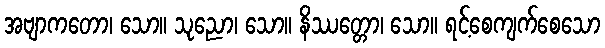
အဗျာကတော၊ သော။ သုညော၊ သော။ နိဿတ္တော၊ သော။ ရင့်စေကျက်စေသော